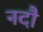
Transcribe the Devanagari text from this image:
नदौ